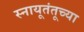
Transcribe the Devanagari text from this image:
स्नायूतंतूच्या